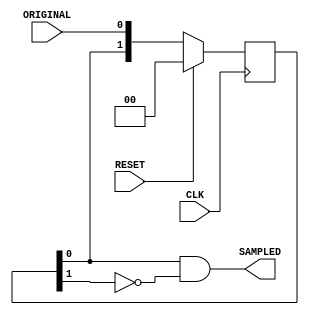
`timescale 1ns / 1ps
//////////////////////////////////////////////////////////////////////////////////
// Company: 
// Engineer: 
// 
// Design Name: 
// Module Name: edge_detector
// Project Name: 
// Target Devices: 
// Tool Versions: 
// Description: 
// 
// Dependencies: 
// 
// Revision:
// Revision 0.01 - File Created
// Additional Comments:
// 
//////////////////////////////////////////////////////////////////////////////////


module EdgeDetector
(
  input  CLK,
  input  RESET,
  input  ORIGINAL,
  output SAMPLED
);

//Internal signals
reg [1:0] delay;

always @ (posedge CLK)
  if(RESET == 1'b1) delay <= 0;
  else delay<={delay[0],ORIGINAL};

assign SAMPLED = delay[0] && ~delay[1];       

endmodule